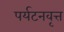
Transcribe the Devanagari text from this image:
पर्यटनवृत्त